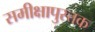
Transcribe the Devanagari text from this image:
समीक्षापुस्त्तक